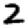
Digit: 2